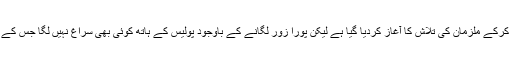
بچے کی گمشدگی کا مقدمہ کراہیا پور تھانے میں درج کرکے ملزمان کی تلاش کا آغاز کردیا گیا ہے لیکن پورا زور لگانے کے باوجود پولیس کے ہاتھ کوئی بھی سراغ نہیں لگا جس کے باعث مقامی لوگوں میں سخت غم و غصہ پایا جاتا ہے۔